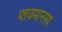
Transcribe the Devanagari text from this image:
प्लवमानस्य